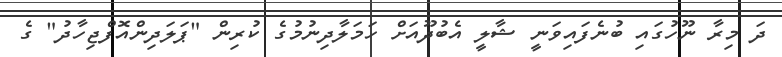
ދަ މިރާ ނޫހުގައި ބުނެފައިވަނީ ޝާލީ އެބުދޫއަށް ހަމަލާދިނުމުގެ ކުރިން "ޕަލަދިންއޮފްޖިހާދު" ގެ